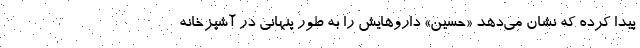
پیدا کرده که نشان می‌دهد «حسین» داروهایش را به طور پنهانی در آشپزخانه